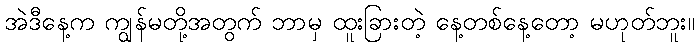
အဲဒီနေ့က ကျွန်မတို့အတွက် ဘာမှ ထူးခြားတဲ့ နေ့တစ်နေ့တော့ မဟုတ်ဘူး။